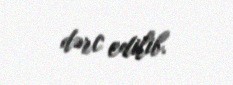
dərc edilib.